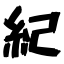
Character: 紀